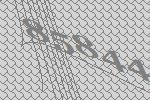
85844